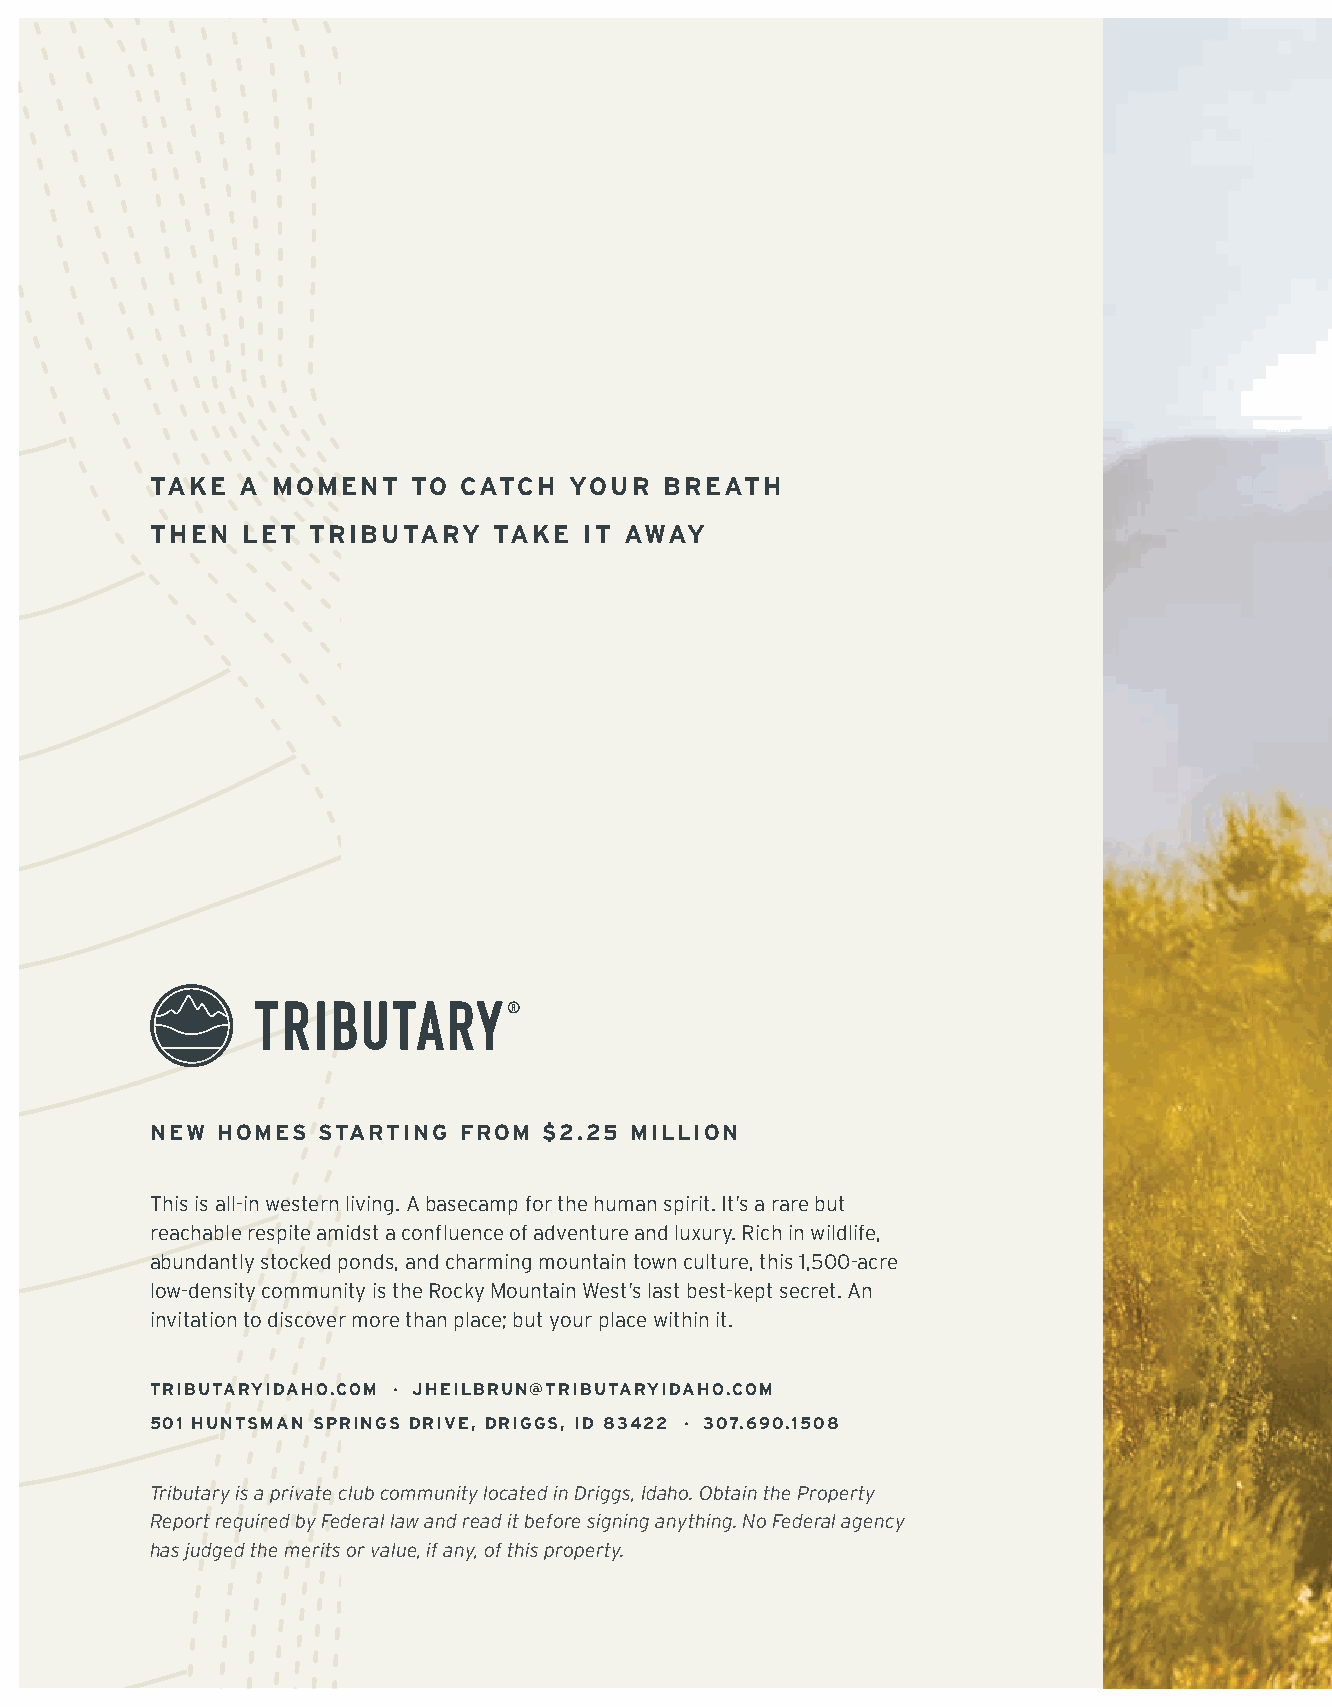
TAKE  A MOMENT   TO CATCH   YOUR  BREATH
 THEN  LET TRIBUTARY    TAKE  IT AWAY
 NEW HOMES  STARTING FROM  $2.25 MILLION
 This is all-in western living. A basecamp for the human spirit. It’s a rare but
 reachable respite amidst a confluence of adventure and luxury. Rich in wildlife,
 abundantly stocked ponds, and charming mountain town culture, this 1,500-acre
 low-density community is the Rocky Mountain West’s last best-kept secret. An
 invitation to discover more than place; but your place within it.
 TRIBUTARYIDAHO.COM · JHEILBRUN@TRIBUTARYIDAHO.COM
 501 HUNTSMAN SPRINGS DRIVE, DRIGGS, ID 83422 · 307.690.1508
 Tributary is a private club community located in Driggs, Idaho. Obtain the Property
 Report required by Federal law and read it before signing anything. No Federal agency
 has judged the merits or value, if any, of this property.